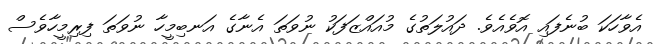
އެވާހަކަ ބުނެފައި އޮވެއެވެ. ދައުލަތުގެ މުއައްޒަފަކު ނުވަތަ އެނާގެ އަނބިމީހާ ނުވަތަ ފިރިމީހާވެސް